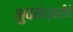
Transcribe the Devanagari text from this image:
भुवनेश्वरीचे